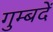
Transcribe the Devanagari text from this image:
गुम्बदें